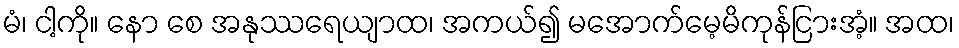
မံ၊ ငါ့ကို။ နော စေ အနုဿရေယျာထ၊ အကယ်၍ မအောက်မေ့မိကုန်ငြားအံ့။ အထ၊